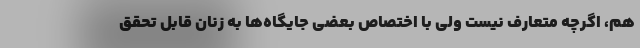
هم، اگرچه متعارف نیست ولی با اختصاص بعضی جایگاه‌ها به زنان قابل تحقق